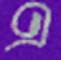
এ